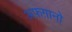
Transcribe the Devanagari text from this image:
अफ़ग़ानो